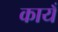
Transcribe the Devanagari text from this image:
कायँ